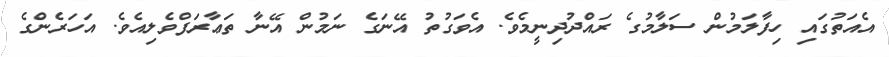
އެއަތުގައި ހިފާލަމުން ސަލާމުގެ ރައްދުދިނީމެވެ. އެވަގުތު އޭނަގެ ނަމުން އޭނާ ތަޢާރަފްވެލިއެވެ. އަހަރެންގެ